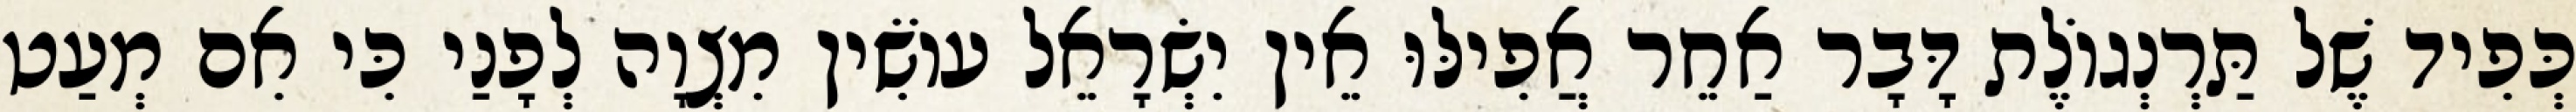
כְּפִיד שֶׁל תַּרְנְגוֹלֶת דָּבָר אַחֵר אֲפִילּוּ אֵין יִשְׂרָאֵל עוֹשִׂין מִצְוָה לְפָנַי כִּי אִם מְעַט